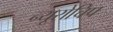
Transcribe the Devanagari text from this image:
न्यूरोचिप